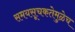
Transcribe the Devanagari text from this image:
समयसूचकतेमुळेच